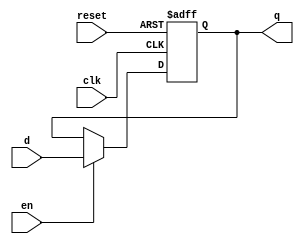
`timescale 1ns / 1ps


module flopenr #(parameter WIDTH = 8)
    (   input clk, reset,
        input en,
        input [WIDTH-1:0] d,
        output reg [WIDTH-1:0] q    );
        
// asynchronous, active HIGH reset w. enable input

always @(posedge clk, posedge reset)

    if (reset) q <= 0;
    else if (en) q <= d;
    else q <= q;

endmodule